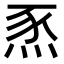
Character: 𤉄